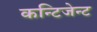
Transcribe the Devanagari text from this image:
कन्टिजेन्ट